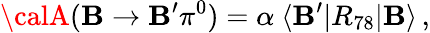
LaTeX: {\calA}(\mathbf{B}\rightarrow\mathbf{B}^{\prime}\pi^{0})=\alpha\ \langle\mathbf{B}^{\prime}|R_{78}|\mathbf{B}\rangle\, ,